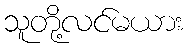
သူတို့လင်မယား